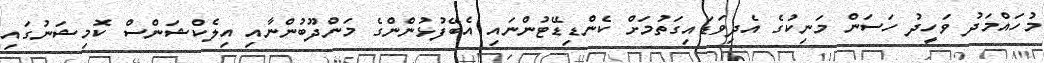
މުހައްމަދު ވަހީދު ހަސަން މަނިކުގެ އެދިވަޑައިގަތުމަށް ކެންޑިޑޭޓުންނައި އެބޭފުޅުންންގެ މަންދޫބުންނާއި އިލެކްޝަންސް ކޮމިޝަނުގައި